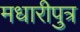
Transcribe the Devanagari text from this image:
मधारीपुत्र